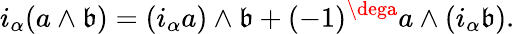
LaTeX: i_{\alpha}(a\wedge\mathfrak{b})=(i_{\alpha}a)\wedge\mathfrak{b}+(-1)^{\dega}a\wedge(i_{\alpha}\mathfrak{b}).